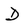
Character: D